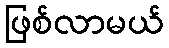
ဖြစ်လာမယ်